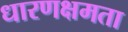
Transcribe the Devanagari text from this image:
धारणक्षमता